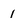
Character: 1